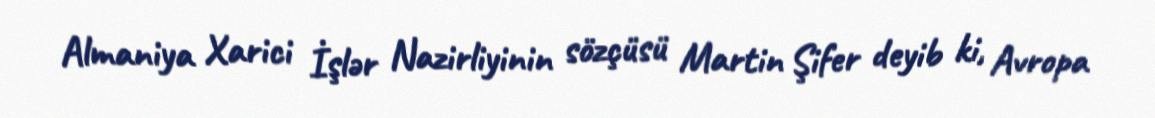
Almaniya Xarici İşlər Nazirliyinin sözçüsü Martin Şifer deyib ki, Avropa